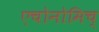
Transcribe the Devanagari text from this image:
एचोनोमिच्